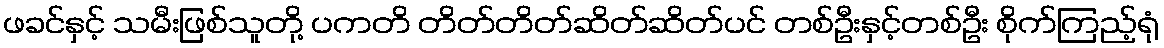
ဖခင်နှင့် သမီးဖြစ်သူတို့ ပကတိ တိတ်တိတ်ဆိတ်ဆိတ်ပင် တစ်ဦးနှင့်တစ်ဦး စိုက်ကြည့်ရုံ